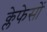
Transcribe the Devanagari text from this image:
क्लेफेसों